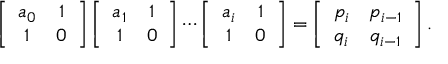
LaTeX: \left[ \begin{array} { c c } { { a _ { 0 } } } & { { 1 } } \\ { { 1 } } & { { 0 } } \end{array} \right] \left[ \begin{array} { c c } { { a _ { 1 } } } & { { 1 } } \\ { { 1 } } & { { 0 } } \end{array} \right] \cdots \left[ \begin{array} { c c } { { a _ { i } } } & { { 1 } } \\ { { 1 } } & { { 0 } } \end{array} \right] = \left[ \begin{array} { c c } { { p _ { i } } } & { { p _ { i - 1 } } } \\ { { q _ { i } } } & { { q _ { i - 1 } } } \end{array} \right] .